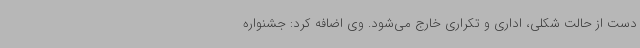
دست از حالت شکلی، اداری و تکراری خارج می‌شود. وی اضافه کرد: جشنواره‌